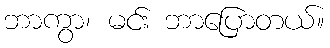
ဘာကွာ၊ မင်း ဘာပြောတယ်။